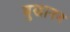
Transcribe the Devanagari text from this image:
बुखानन